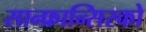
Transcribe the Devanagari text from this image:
सान्फ्रान्सिस्को